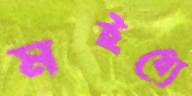
মইধ্যে